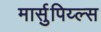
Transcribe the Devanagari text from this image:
मार्सुपिय्ल्स